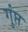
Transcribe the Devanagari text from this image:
गुंप्त